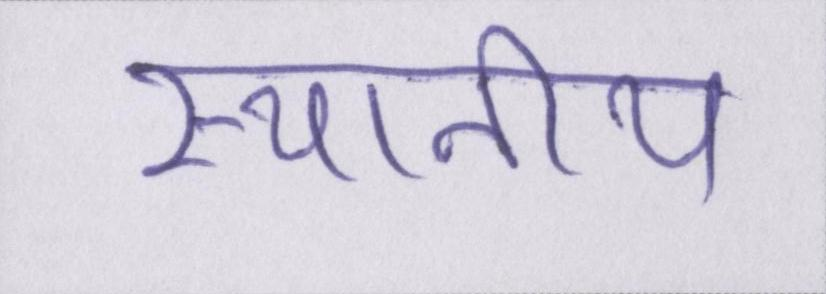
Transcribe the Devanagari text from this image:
स्थानीय